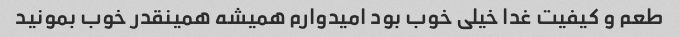
طعم و کیفیت غدا خیلی خوب بود امیدوارم همیشه همینقدر خوب بمونید